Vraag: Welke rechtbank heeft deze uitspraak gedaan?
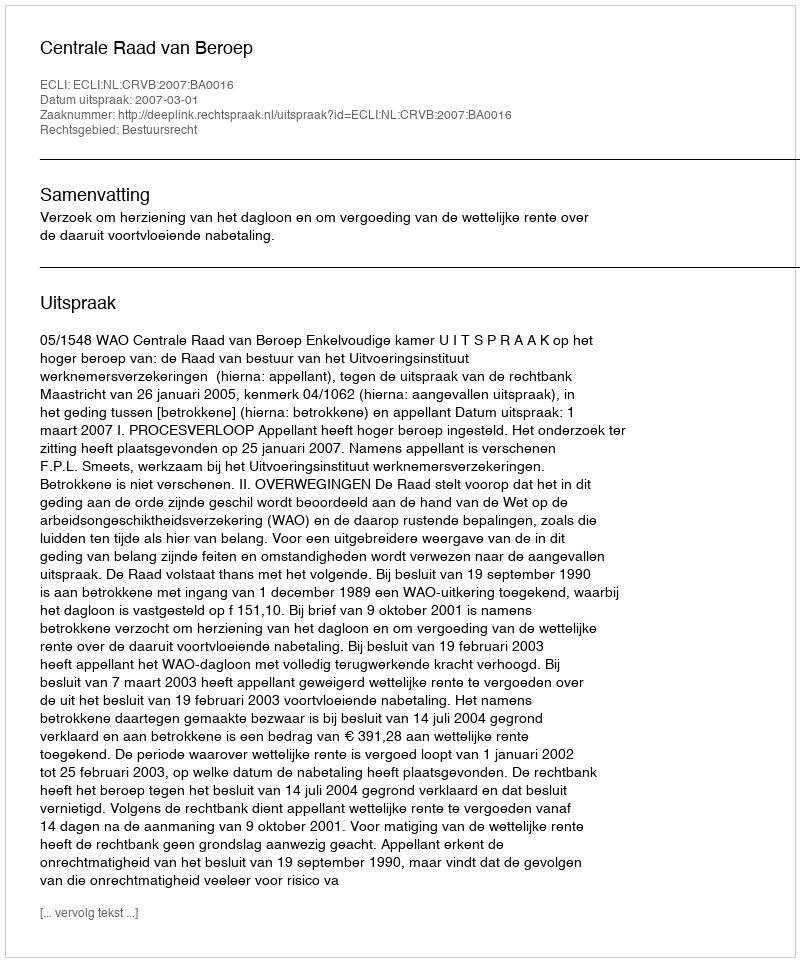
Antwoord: Centrale Raad van Beroep